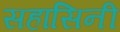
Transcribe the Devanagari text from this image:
सहासिनी